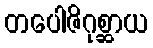
တပေါဇိဂုစ္ဆာယ